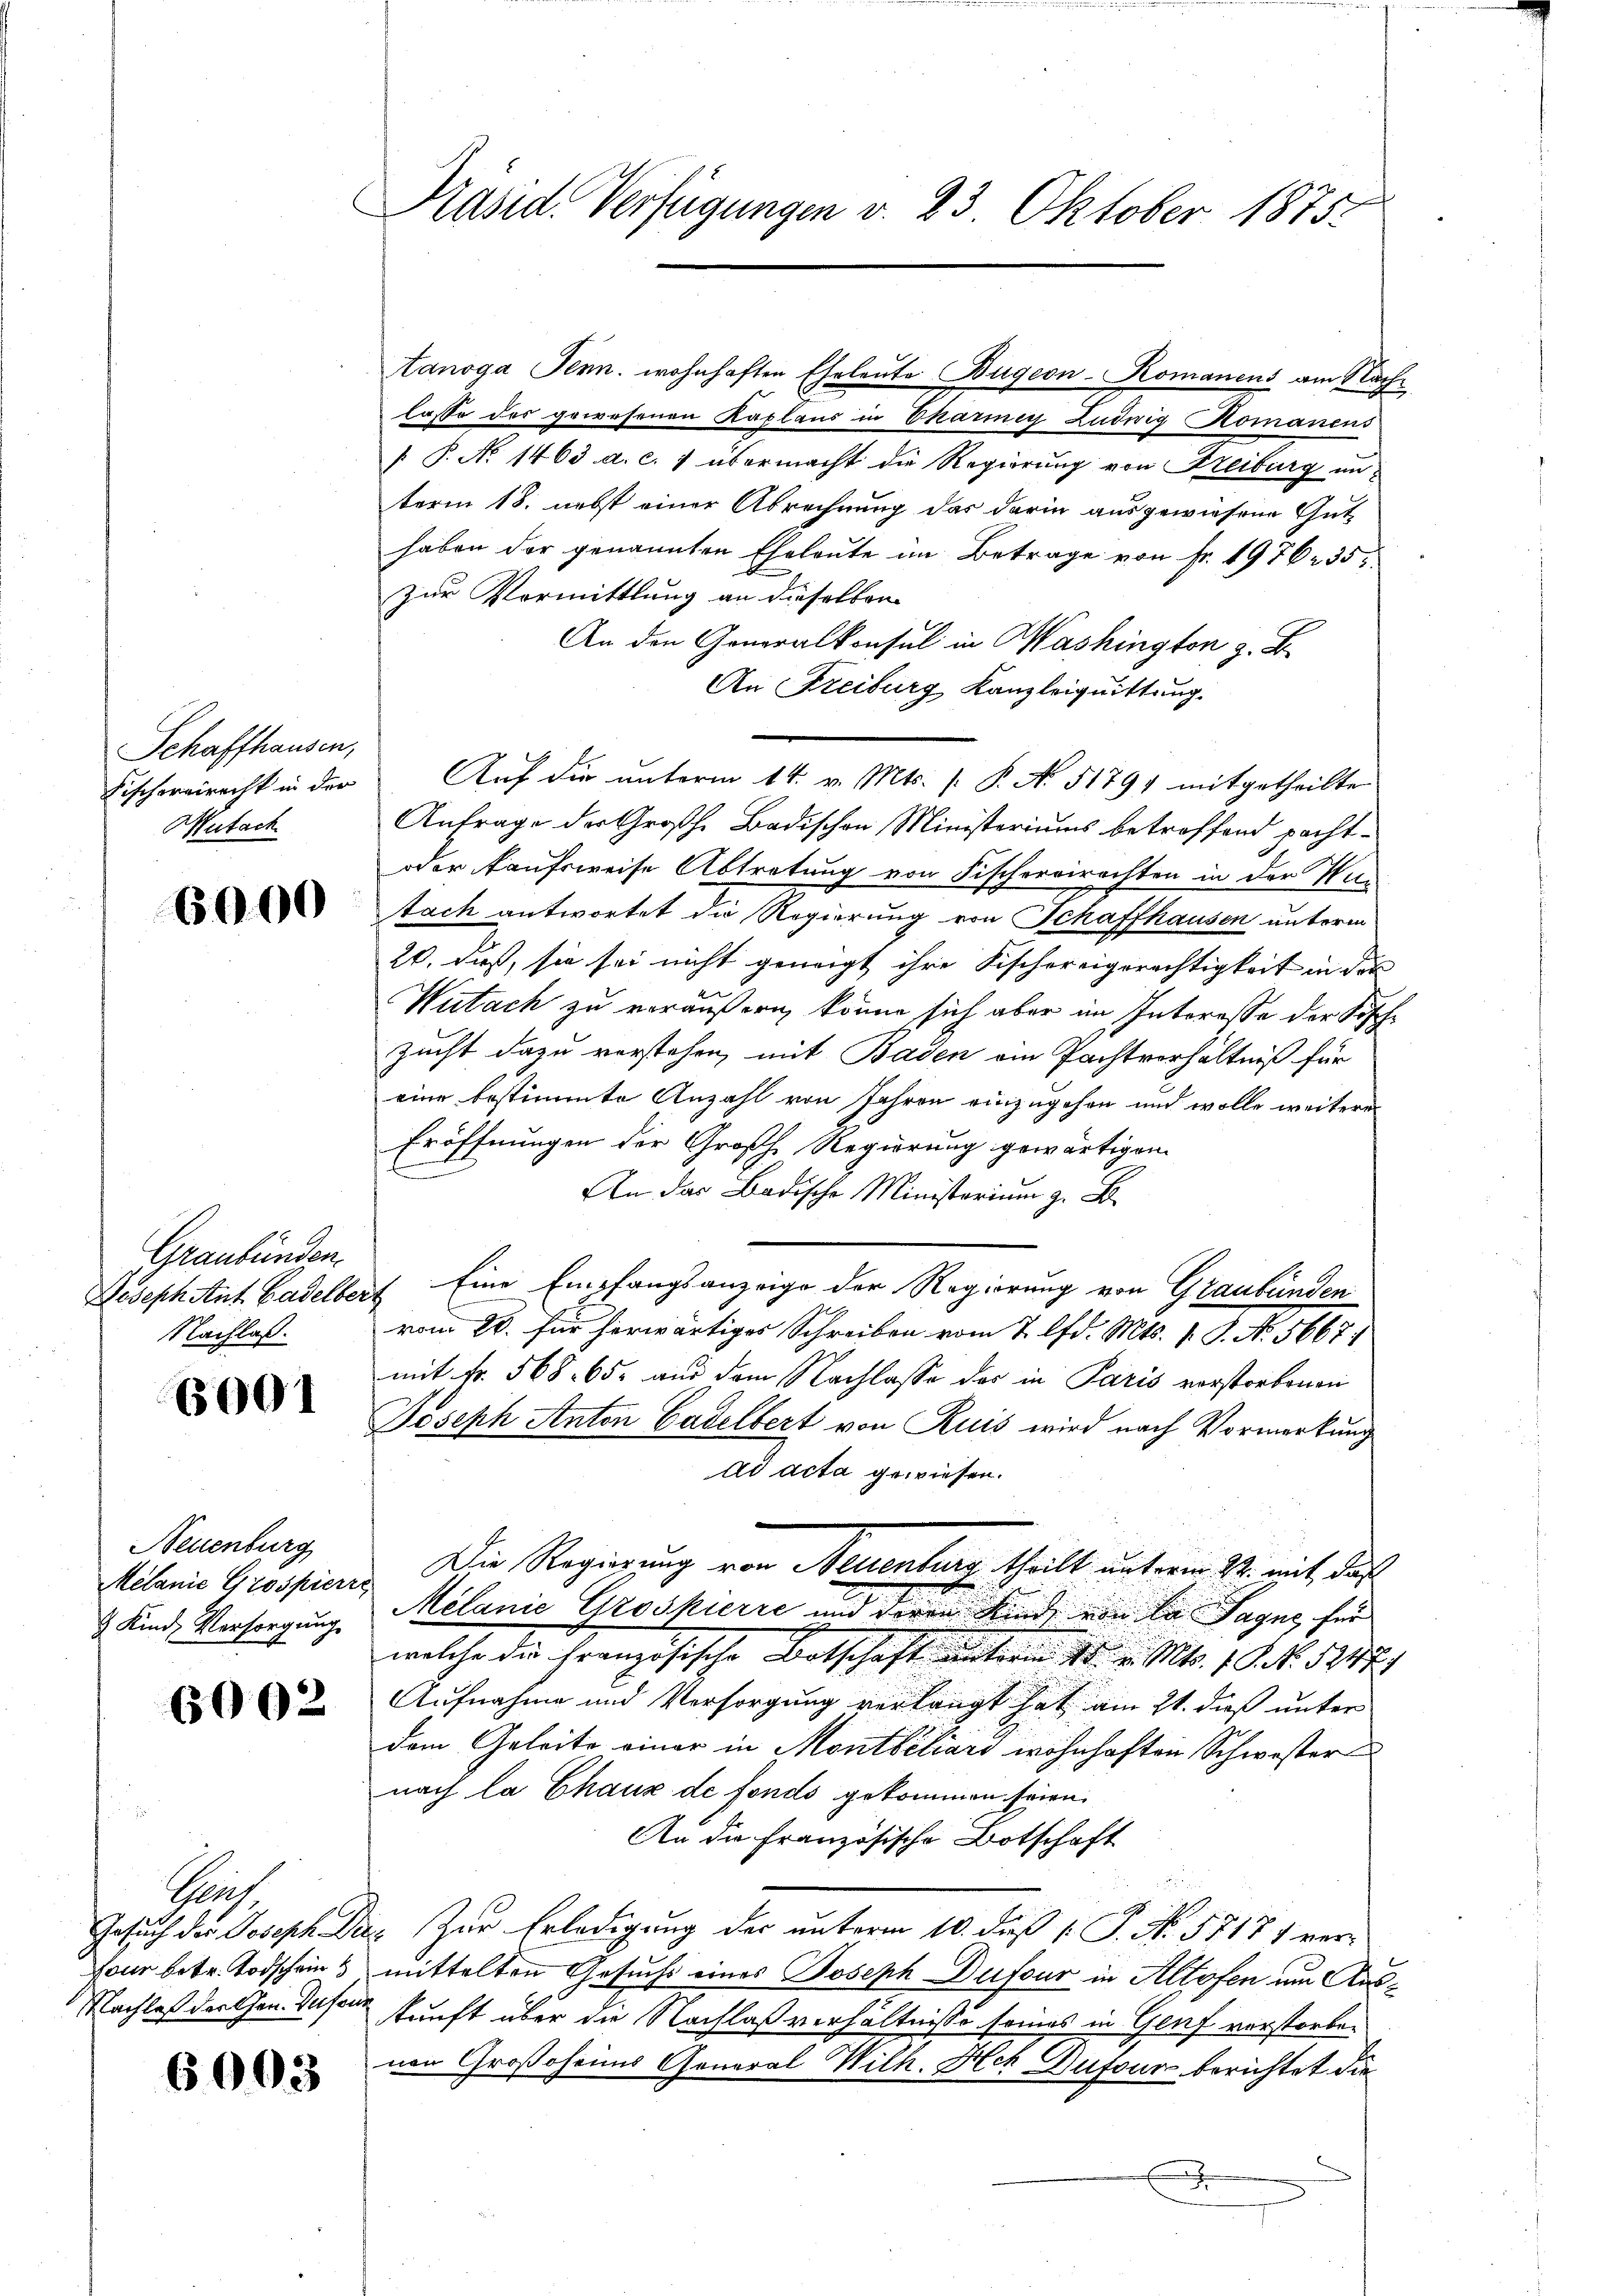
Schaffhausen,
Mutach

6000

Graubünden.
Nachlaß.

6001

Neuenburg
Melanie Grospierr
 Kind, Versorgung

6002

Grf
four betr. Todschein

6003

Präsid. Verfügungen v. 23. Oktober 1875.

lasse des gewesenen Kaplaus in Pharmey Ludwig Romanens
[ P. No 1463. d. c. 7 übermacht die Regierung von Freiburg un
term 18. nebst einer Abrechnung das darin ausgewiesene Gut
haben der genannten Eheleute im Betrage von Fr. 1976235
zur Vormittlung an dieselben
An den Generalkonsul in Washington z. B.
An Freiburg Kanzleiquittung.
Fischereirecht in der Auf die unterm 14. v. Mts. /: P. No 51791 mitgetheilte
Anfrage der Großh. Badischen Ministeriums betreffend pacht¬
oder kaufsweise Abtretung von Fischereirechten in der Han
tach antwortet die Regierung von Schaffhausen unterm
20. dieß, sie sei nicht geneigt ihre Fischereigerechtigkeit in der
Wutach zu veräußern, könne sich aber im Interesse der Fische
zucht dazu verstehen, mit Baden ein Pachtverhältniß für
eine bestimmte Anzahl von Jahren einzugehen und wolle weitere
Eröffnungen der Großh Regierung gewärtigen
An das Badische Ministerium z. B.
Joseph Ant. Gadelber Eine Empfangsanzeige der Regierung von Graubünden
vom 20. für herwärtiges Schreiben vom 2. lfd. Mts. 1. J. No. 5667.
mit Fr. 568. 65. aus dem Nachlasse der in Paris vorstorbenen
Joseph Anton Gadelbert von Ruis wird nach Vormerkung
ad acta gewiesen.
 Die Regierung von Neuenburg, theilt unterm 24. mit, daß
Mélanie Groskierić und deren Kinde ein der Sagne, für
welche die Französische Botschaft unterm 20. v. Mts. 1 S. 547
Aufnahme und Versorgung verlangt hat am 21. daß unter
dem Geleite einer in Montbéliard wohnhaften Schwester
nach la Chaux de fonds gekommen seien.
An die Französische Botschaft
Gesuch des Joseph Die Zur Erledigung des unterm 10. daß 1. P. No. 57171 vermittelten Gesuchs eines Joseph Dufour in Altofen um Aus¬
Nachlaß der then das kunft über die Nachlaß verhältnisse seines in Genf verstorbenen Großoheims General Wilh. Hch. Dufour berichtet die
J

anoga Tenn. wohnhaften Eheleute Bügeon-Romanens am Nach¬